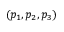
( p _ { 1 } , p _ { 2 } , p _ { 3 } )